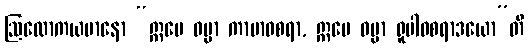
ဩလောကယမာနော “ဣမေ ဓမ္မာ ကာမာဝစရာ, ဣမေ ဓမ္မာ ရူပါဝစရာဒယော”တိ